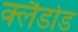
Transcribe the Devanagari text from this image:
क्लैडोड